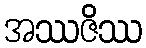
အဿဇိဿ